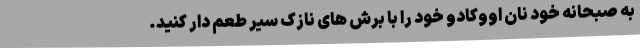
به صبحانه خود نان اووکادو خود را با برش های نازک سیر طعم دار کنید.